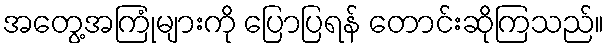
အတွေ့အကြုံများကို ပြောပြရန် တောင်းဆိုကြသည်။